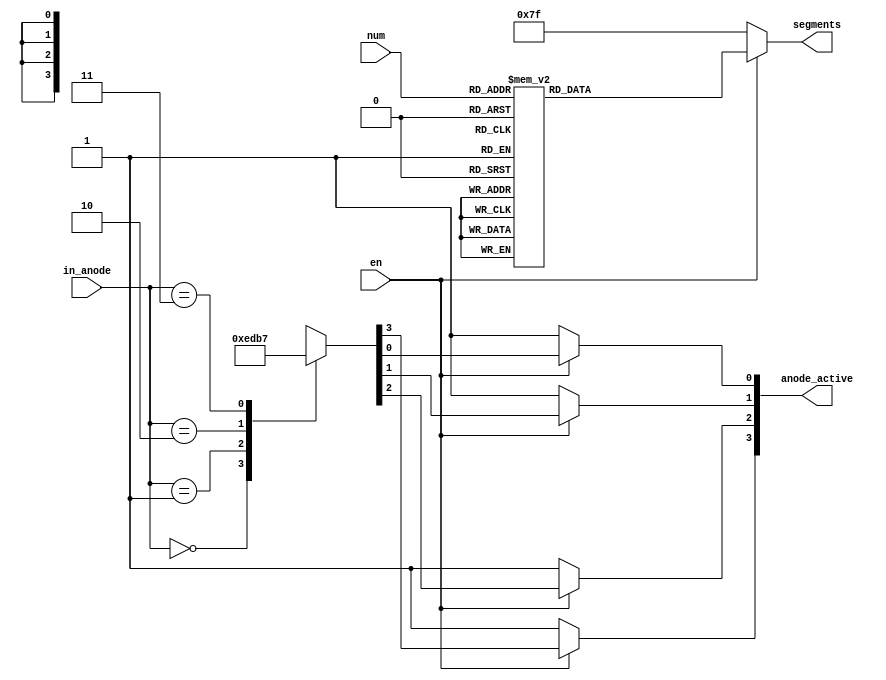
`timescale 1ns / 1ps
//////////////////////////////////////////////////////////////////////////////////
// Company: 
// Engineer: 
// 
// Design Name: 
// Module Name: fourdigit_seven_seg
// Project Name: 
// Target Devices: 
// Tool Versions: 
// Description: 
// 
// Dependencies: 
// 
// Revision:
// Revision 0.01 - File Created
// Additional Comments:
// 
//////////////////////////////////////////////////////////////////////////////////


module fourdigit_seven_seg(
input en,
input [3:0] num,
input [0:1] in_anode,
output reg [0:6] segments,
output reg [0:3] anode_active);

always @ (*) begin

    if (en==0) begin
        anode_active[0]=1;
        anode_active[1]=1;
        anode_active[2]=1;
        anode_active[3]=1;
        segments = 7'b1111111;
    end

    else begin
   
        case(in_anode)
            2'b00: anode_active=4'b1110;
            2'b01: anode_active=4'b1101;
            2'b10: anode_active=4'b1011;
            2'b11: anode_active=4'b0111;
        endcase

        case(num)

            0: segments = 7'b0000001;
            1: segments = 7'b1001111;
            2: segments = 7'b0010010;
            3: segments = 7'b0000110;
            4: segments = 7'b1001100;
            5: segments = 7'b0100100;
            6: segments = 7'b0100000;
            7: segments = 7'b0001111;
            8: segments = 7'b0000000;
            9: segments = 7'b0001100;
            10: segments = 7'b1111110; //positive
            11: segments = 7'b1111111; //negative
            12: segments = 7'b0110001;
            13: segments = 7'b1000010;
            14: segments = 7'b0110000;
            15: segments = 7'b0111000;
            default: segments = 7'b1111111;

        endcase
    end
end

endmodule